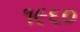
૧૯૬૦